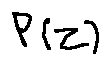
p ( z )